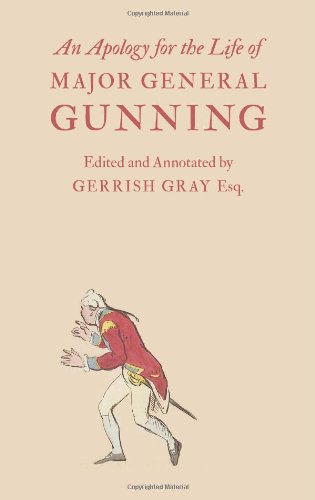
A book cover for An Apology for the Life of Major General Gunning; John Gunning; Biographies & Memoirs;